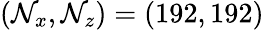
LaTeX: (\mathcal{N}_{x},\mathcal{N}_{z})=(192,192)